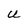
Character: U